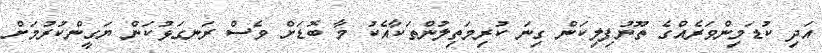
އަދި ކުޑަމިންވަރެއްގެ ތޫނުފިލިކަން ގިނަ ކުރިމަތިލުންތަކާއެކު މާ ބޮޑަށް ވެސް ރަނގަޅުކަން ޔަގީންކުރުމަށް